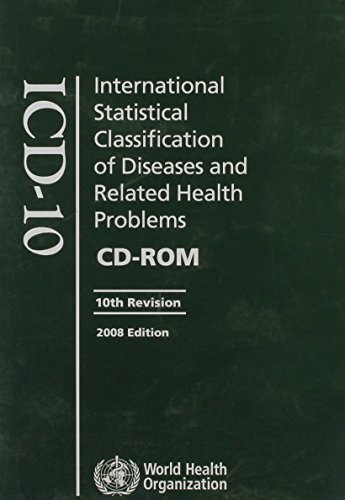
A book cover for The International Statistical Classification of Diseases and Health Related Problems ICD-10: Volumes 1, 2 and 3; World Health Organization; Medical Books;